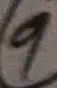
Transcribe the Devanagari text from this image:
९